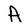
Character: A